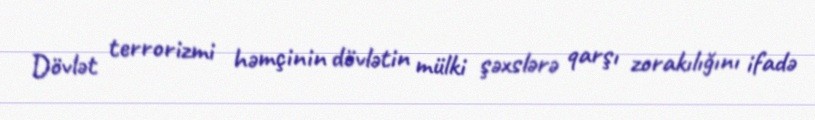
Dövlət terrorizmi həmçinin dövlətin mülki şəxslərə qarşı zorakılığını ifadə